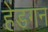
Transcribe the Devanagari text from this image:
हेंडगन